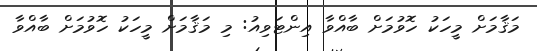
މަޤާމަށް މީހަކު ހޮވުމަށް ބާއްވާ އިންޓަވިއު: މި މަޤާމަށް މީހަކު ހޮވުމަށް ބާއްވާ